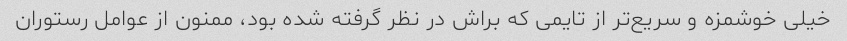
خیلی خوشمزه و سریع‌تر از تایمی که براش در نظر گرفته شده بود، ممنون از عوامل رستوران